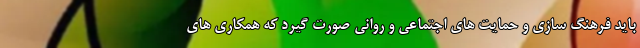
باید فرهنگ سازی و حمایت های اجتماعی و روانی صورت گیرد که همکاری های